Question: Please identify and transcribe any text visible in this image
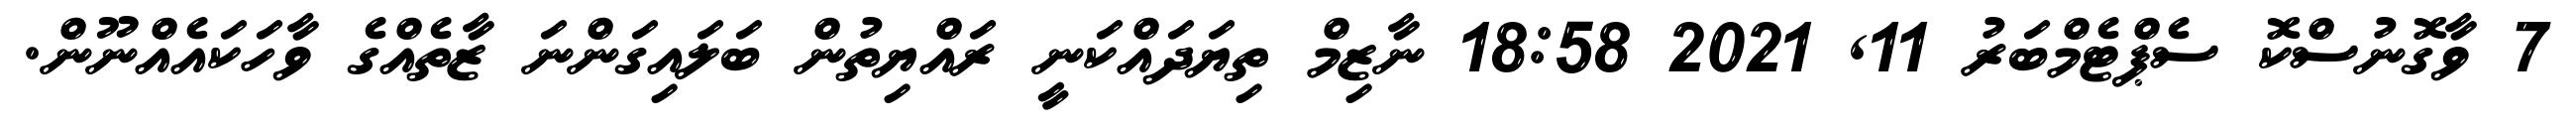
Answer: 7 ވާގޮނުސްކޮ ސެޕްޓެމްބަރު 11, 2021 18:58 ނާޒިމް ތިޔަދައްކަނީ ރައްޔިތުން ބަލައިގަންނަ ޒާތެއްގެ ވާހަކައެއްނޫން.